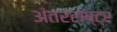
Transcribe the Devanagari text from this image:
अंतरराष्ट्र